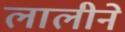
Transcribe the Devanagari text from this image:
लालीने